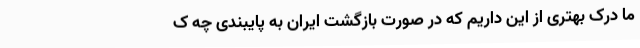
ما درک بهتری از این داریم که در صورت بازگشت ایران به پایبندی چه ک